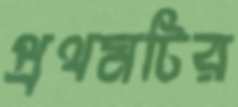
প্রথমটির